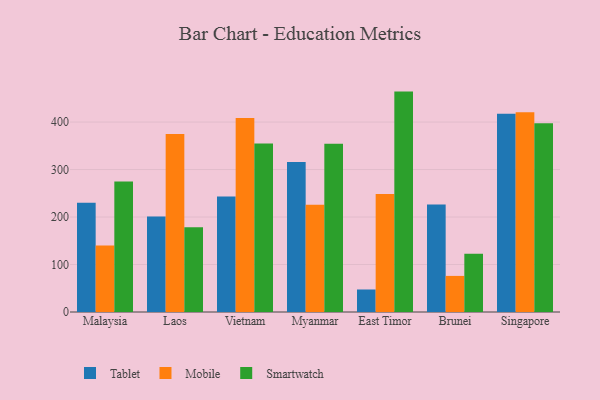
{"axis": {"x": "Country", "y": "Production Output"}, "legend": ["Mobile", "Smartwatch", "Tablet"], "data": [{"x": "Malaysia", "y": 230.1, "type": "Tablet"}, {"x": "Malaysia", "y": 140.2, "type": "Mobile"}, {"x": "Malaysia", "y": 274.8, "type": "Smartwatch"}, {"x": "Laos", "y": 201.0, "type": "Tablet"}, {"x": "Laos", "y": 374.9, "type": "Mobile"}, {"x": "Laos", "y": 178.7, "type": "Smartwatch"}, {"x": "Vietnam", "y": 243.4, "type": "Tablet"}, {"x": "Vietnam", "y": 408.5, "type": "Mobile"}, {"x": "Vietnam", "y": 354.8, "type": "Smartwatch"}, {"x": "Myanmar", "y": 316.0, "type": "Tablet"}, {"x": "Myanmar", "y": 225.8, "type": "Mobile"}, {"x": "Myanmar", "y": 354.3, "type": "Smartwatch"}, {"x": "East Timor", "y": 47.4, "type": "Tablet"}, {"x": "East Timor", "y": 248.3, "type": "Mobile"}, {"x": "East Timor", "y": 464.1, "type": "Smartwatch"}, {"x": "Brunei", "y": 226.2, "type": "Tablet"}, {"x": "Brunei", "y": 76.0, "type": "Mobile"}, {"x": "Brunei", "y": 122.7, "type": "Smartwatch"}, {"x": "Singapore", "y": 417.2, "type": "Tablet"}, {"x": "Singapore", "y": 420.6, "type": "Mobile"}, {"x": "Singapore", "y": 397.5, "type": "Smartwatch"}]}